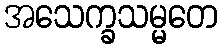
အသေက္ခသမ္မတေ